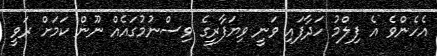
އެހެންވެ އެ ފިލްމު ހަދާފައި ވަނީ ވިޔަފާރީގެ ވިސްނުމުގައެއް ނޫން ކަމަށް ރަވީ